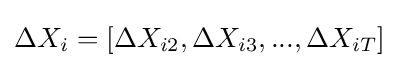
\Delta X_{i}=[\Delta X_{i2},\Delta X_{i3},...,\Delta X_{iT}]